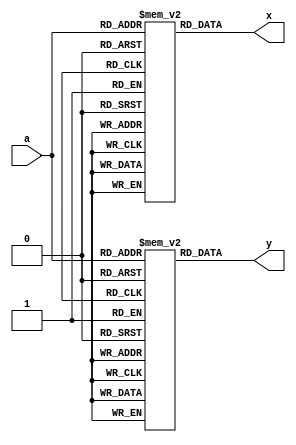
module repwhile_test001(input [5:0] a, output [7:0] y, output [31:0] x);

	function [7:0] mylog2;
		input [31:0] value;
		begin
			mylog2 = 0;
			while (value > 0) begin
				value = value >> 1;
				mylog2 = mylog2 + 1;
			end
		end
	endfunction

	function [31:0] myexp2;
		input [7:0] value;
		begin
			myexp2 = 1;
			repeat (value)
				myexp2 = myexp2 << 1;
		end
	endfunction

	reg [7:0] y_table [63:0];
	reg [31:0] x_table [63:0];

	integer i;
	initial begin
		for (i = 0; i < 64; i = i+1) begin
			y_table[i] <= mylog2(i);
			x_table[i] <= myexp2(i);
		end
	end

	assign y = y_table[a];
	assign x = x_table[a];
endmodule